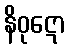
နိဝုဋော